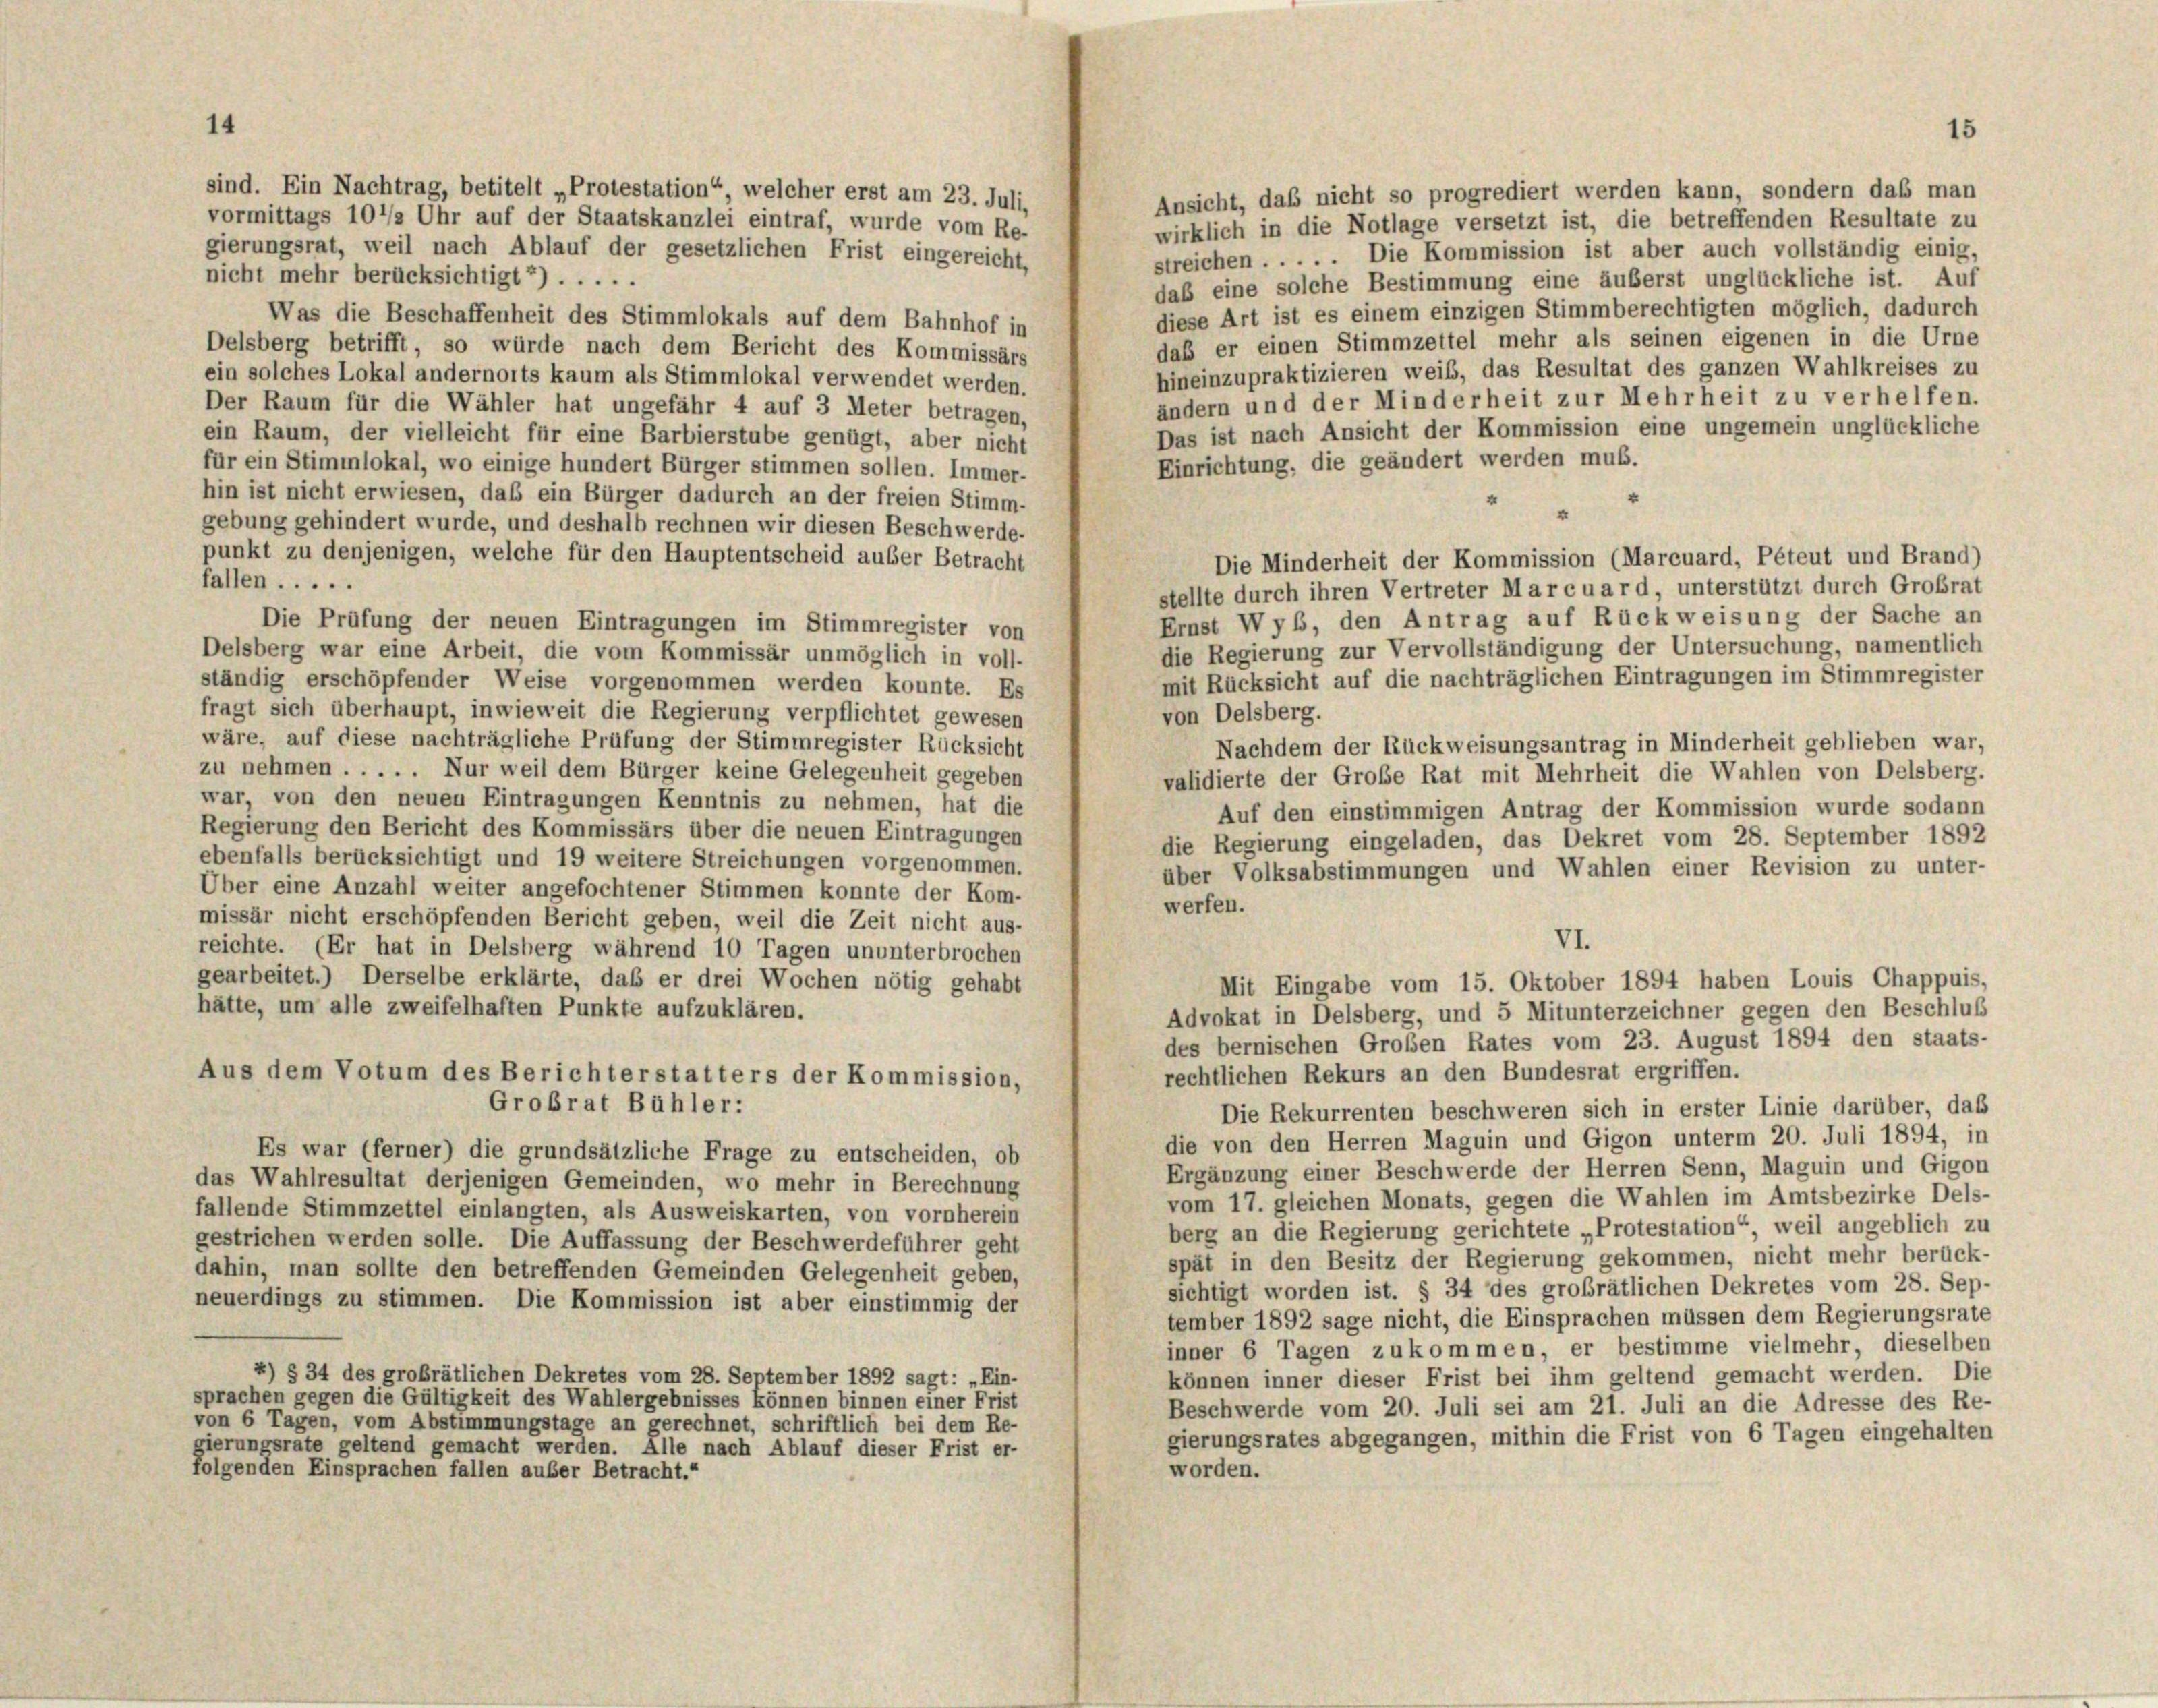
14

Ansicht, daß nicht so progrediert werden kann, sondern daß man
wirklich in die Notlage versetzt ist, die betreffenden Resultate zu
gierungsrat, weil nach Ablauf der gesetzlichen Frist eingereicht,
streichen . . . . . Die Kommission ist aber auch vollständig einig,
nicht mehr berücksichtigt“) .....
daß eine solche Bestimmung eine äußerst unglückliche ist. Auf
diese Art ist es einem einzigen Stimmberechtigten möglich, dadurch
Was die Beschaffenheit des Stimmlokals auf dem Bahnhof in
daß er einen Stimmzettel mehr als seinen eigenen in die Urne
Delsberg betrifft, so würde nach dem Bericht des Kommissärs
hineinzupraktizieren weiß, das Resultat des ganzen Wahlkreises zu
ein solches Lokal andernorts kaum als Stimmlokal verwendet werden.
ändern und der Minderheit zur Mehrheit zu verhelfen.
Der Raum für die Wähler hat ungefähr 4 auf 3 Meter betragen,
Das ist nach Ansicht der Kommission eine ungemein unglückliche
ein Raum, der vielleicht für eine Barbierstube genügt, aber nicht
Einrichtung, die geändert werden muß.
für ein Stimmlokal, wo einige hundert Bürger stimmen sollen. Immer-
hin ist nicht erwiesen, daß ein Bürger dadurch an der freien Stimm-
gebung gehindert wurde, und deshalb rechnen wir diesen Beschwerde-
punkt zu denjenigen, welche für den Hauptentscheid auser Betracht
Die Minderheit der Kommission (Marcuard, Péteut und Brand)
fallen .....
stellte durch ihren Vertreter Marcuard, unterstützt durch Großrat
Ernst Wyb, den Antrag auf Rückweisung der Sache an
Die Prüfung der neuen Eintragungen im Stimmregister von
die Regierung zur Vervollständigung der Untersuchung, namentlich
Delsberg war eine Arbeit, die vom Kommissär unmöglich in voll-
mit Rücksicht auf die nachträglichen Eintragungen im Stimmregister
ständig erschöpfender Weise vorgenommen werden konnte. Es
fragt sich überhaupt, inwieweit die Regierung verpflichtet gewesen
von Delsberg.
wäre, auf diese nachträgliche Prüfung der Stimmregister Rücksicht
Nachdem der Rückweisungsantrag in Minderheit geblieben war,
zu nehmen . . . . . Nur weil dem Bürger keine Gelegenheit gegeben
validierte der Große Rat mit Mehrheit die Wahlen von Delsberg.
war, von den neuen Eintragungen Kenntnis zu nehmen, hat die
Auf den einstimmigen Antrag der Kommission wurde sodann
Regierung den Bericht des Kommissärs über die neuen Eintragungen
die Regierung eingeladen, das Dekret vom 28. September 1892
ebenfalls berücksichtigt und 19 weitere Streichungen vorgenommen.
über Volksabstimmungen und Wahlen einer Revision zu unter-
Über eine Anzahl weiter angefochtener Stimmen konnte der Kom-
werfen.
missär nicht erschöpfenden Bericht geben, weil die Zeit nicht aus-
VI.
reichte. (Er hat in Delsberg während 10 Tagen ununterbrochen
gearbeitet.) Derselbe erklärte, daß er drei Wochen nötig gehabt
Mit Eingabe vom 15. Oktober 1894 haben Louis Chappuis,
hätte, um alle zweifelhaften Punkte aufzuklären.
Advokat in Delsberg, und 5 Mitunterzeichner gegen den Beschluß
des bernischen Großen Rates vom 23. August 1894 den staats-
Aus dem Votum des Berichterstatters der Kommission,
rechtlichen Rekurs an den Bundesrat ergriffen.
Grobrat Bühler:
Die Rekurrenten beschweren sich in erster Linie darüber, daß
die von den Herren Maguin und Gigon unterm 20. Juli 1894, in
Es war (ferner) die grundsätzliche Frage zu entscheiden, ob
Ergänzung einer Beschwerde der Herren Senn, Maguin und Gigon
das Wahlresultat derjenigen Gemeinden, wo mehr in Berechnung
vom 17. gleichen Monats, gegen die Wahlen im Amtsbezirke Dels-
fallende Stimmzettel einlangten, als Ausweiskarten, von vornherein
berg an die Regierung gerichtete „Protestation“, weil angeblich zu
gestrichen werden solle. Die Auffassung der Beschwerdeführer geht
spät in den Besitz der Regierung gekommen, nicht mehr berück-
dahin, man sollte den betreffenden Gemeinden Gelegenheit geben,
sichtigt worden ist. § 34 des großrätlichen Dekretes vom 28. Sep-
neuerdings zu stimmen. Die Kommission ist aber einstimmig der
tember 1892 sage nicht, die Einsprachen müssen dem Regierungsrate
inner 6 Tagen zukommen, er bestimme vielmehr, dieselben
4) § 34 des grobrätlichen Dekretes vom 28. September 1892 sagt: „Ein-
können inner dieser Frist bei ihm geltend gemacht werden. Die
sprachen gegen die Gültigkeit des Wahlergebnisses können binnen einer Frist
Beschwerde vom 20. Juli sei am 21. Juli an die Adresse des Re-
von 6 Tagen, vom Abstimmungstage an gerechnet, schriftlich bei dem Re-
gierungsrates abgegangen, mithin die Frist von 6 Tagen eingehalten
gierungsrate geltend gemacht werden. Alle nach Ablauf dieser Frist er-
folgenden Einsprachen fallen außer Betracht.“
worden.

sind. Ein Nachtrag, betitelt „Protestation“, welcher erst am 23. Juli,
vormittags 10 1/2 Uhr auf der Staatskanzlei eintraf, wurde vom Re-